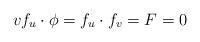
LaTeX: \begin{align*} v f_u\cdot \phi=f_u\cdot f_v=F=0 \end{align*}